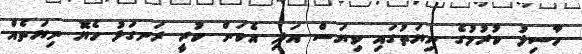
ހާސިލު ކުރުމުގެ ނިޔަތުގައި ވިޔަސް އަދި އެކަން ކުރީ ރަނގަޅު ހެޔޮ ނިޔަތެއް